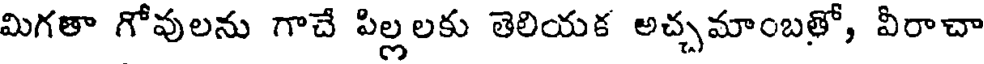
మిగతా గోవులను గాచే పిల్లలకు తెలియక అచ్చమాంబతో, వీరాచా